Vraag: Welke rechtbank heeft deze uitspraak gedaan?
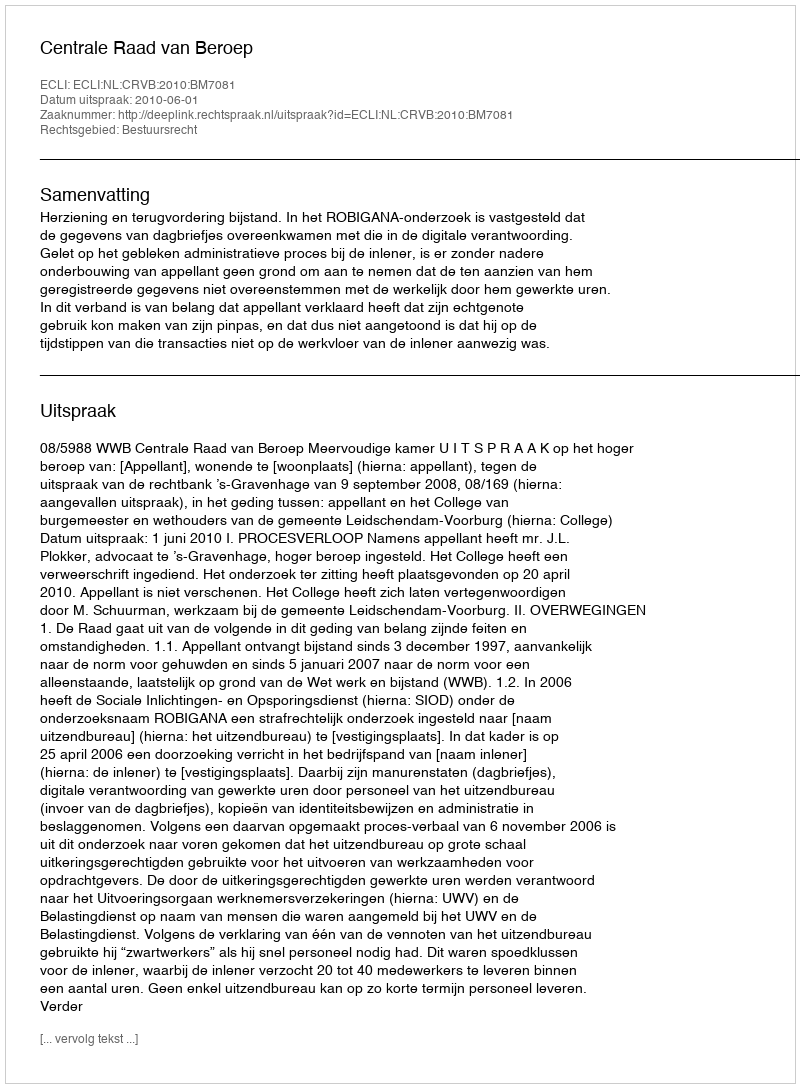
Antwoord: Centrale Raad van Beroep